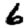
Digit: 6